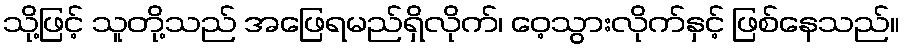
သို့ဖြင့် သူတို့သည် အဖြေရမည်ရှိလိုက်၊ ဝေ့သွားလိုက်နှင့် ဖြစ်နေသည်။